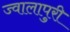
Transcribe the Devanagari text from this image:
ज्वालापुरी